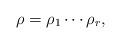
LaTeX: \begin{align*}\rho = \rho_1 \cdots \rho_r,\end{align*}